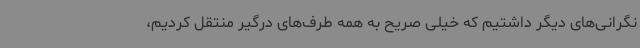
نگرانی‌های دیگر داشتیم که خیلی صریح به همه طرف‌های درگیر منتقل کردیم،